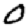
Digit: 0